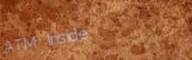
ATM Inside